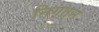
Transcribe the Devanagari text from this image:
निगतन